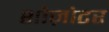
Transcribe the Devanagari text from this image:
शोज़ोटर